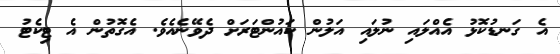
އެ ގަނޑުކޮޅު އެއްލައި ނުލައި އަލުން ކައުންޓަރަށް ދެވޭނެއެވެ. އެގޮތުން އެ ޓިކެޓު